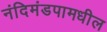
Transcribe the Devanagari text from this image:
नंदिमंडपामधील